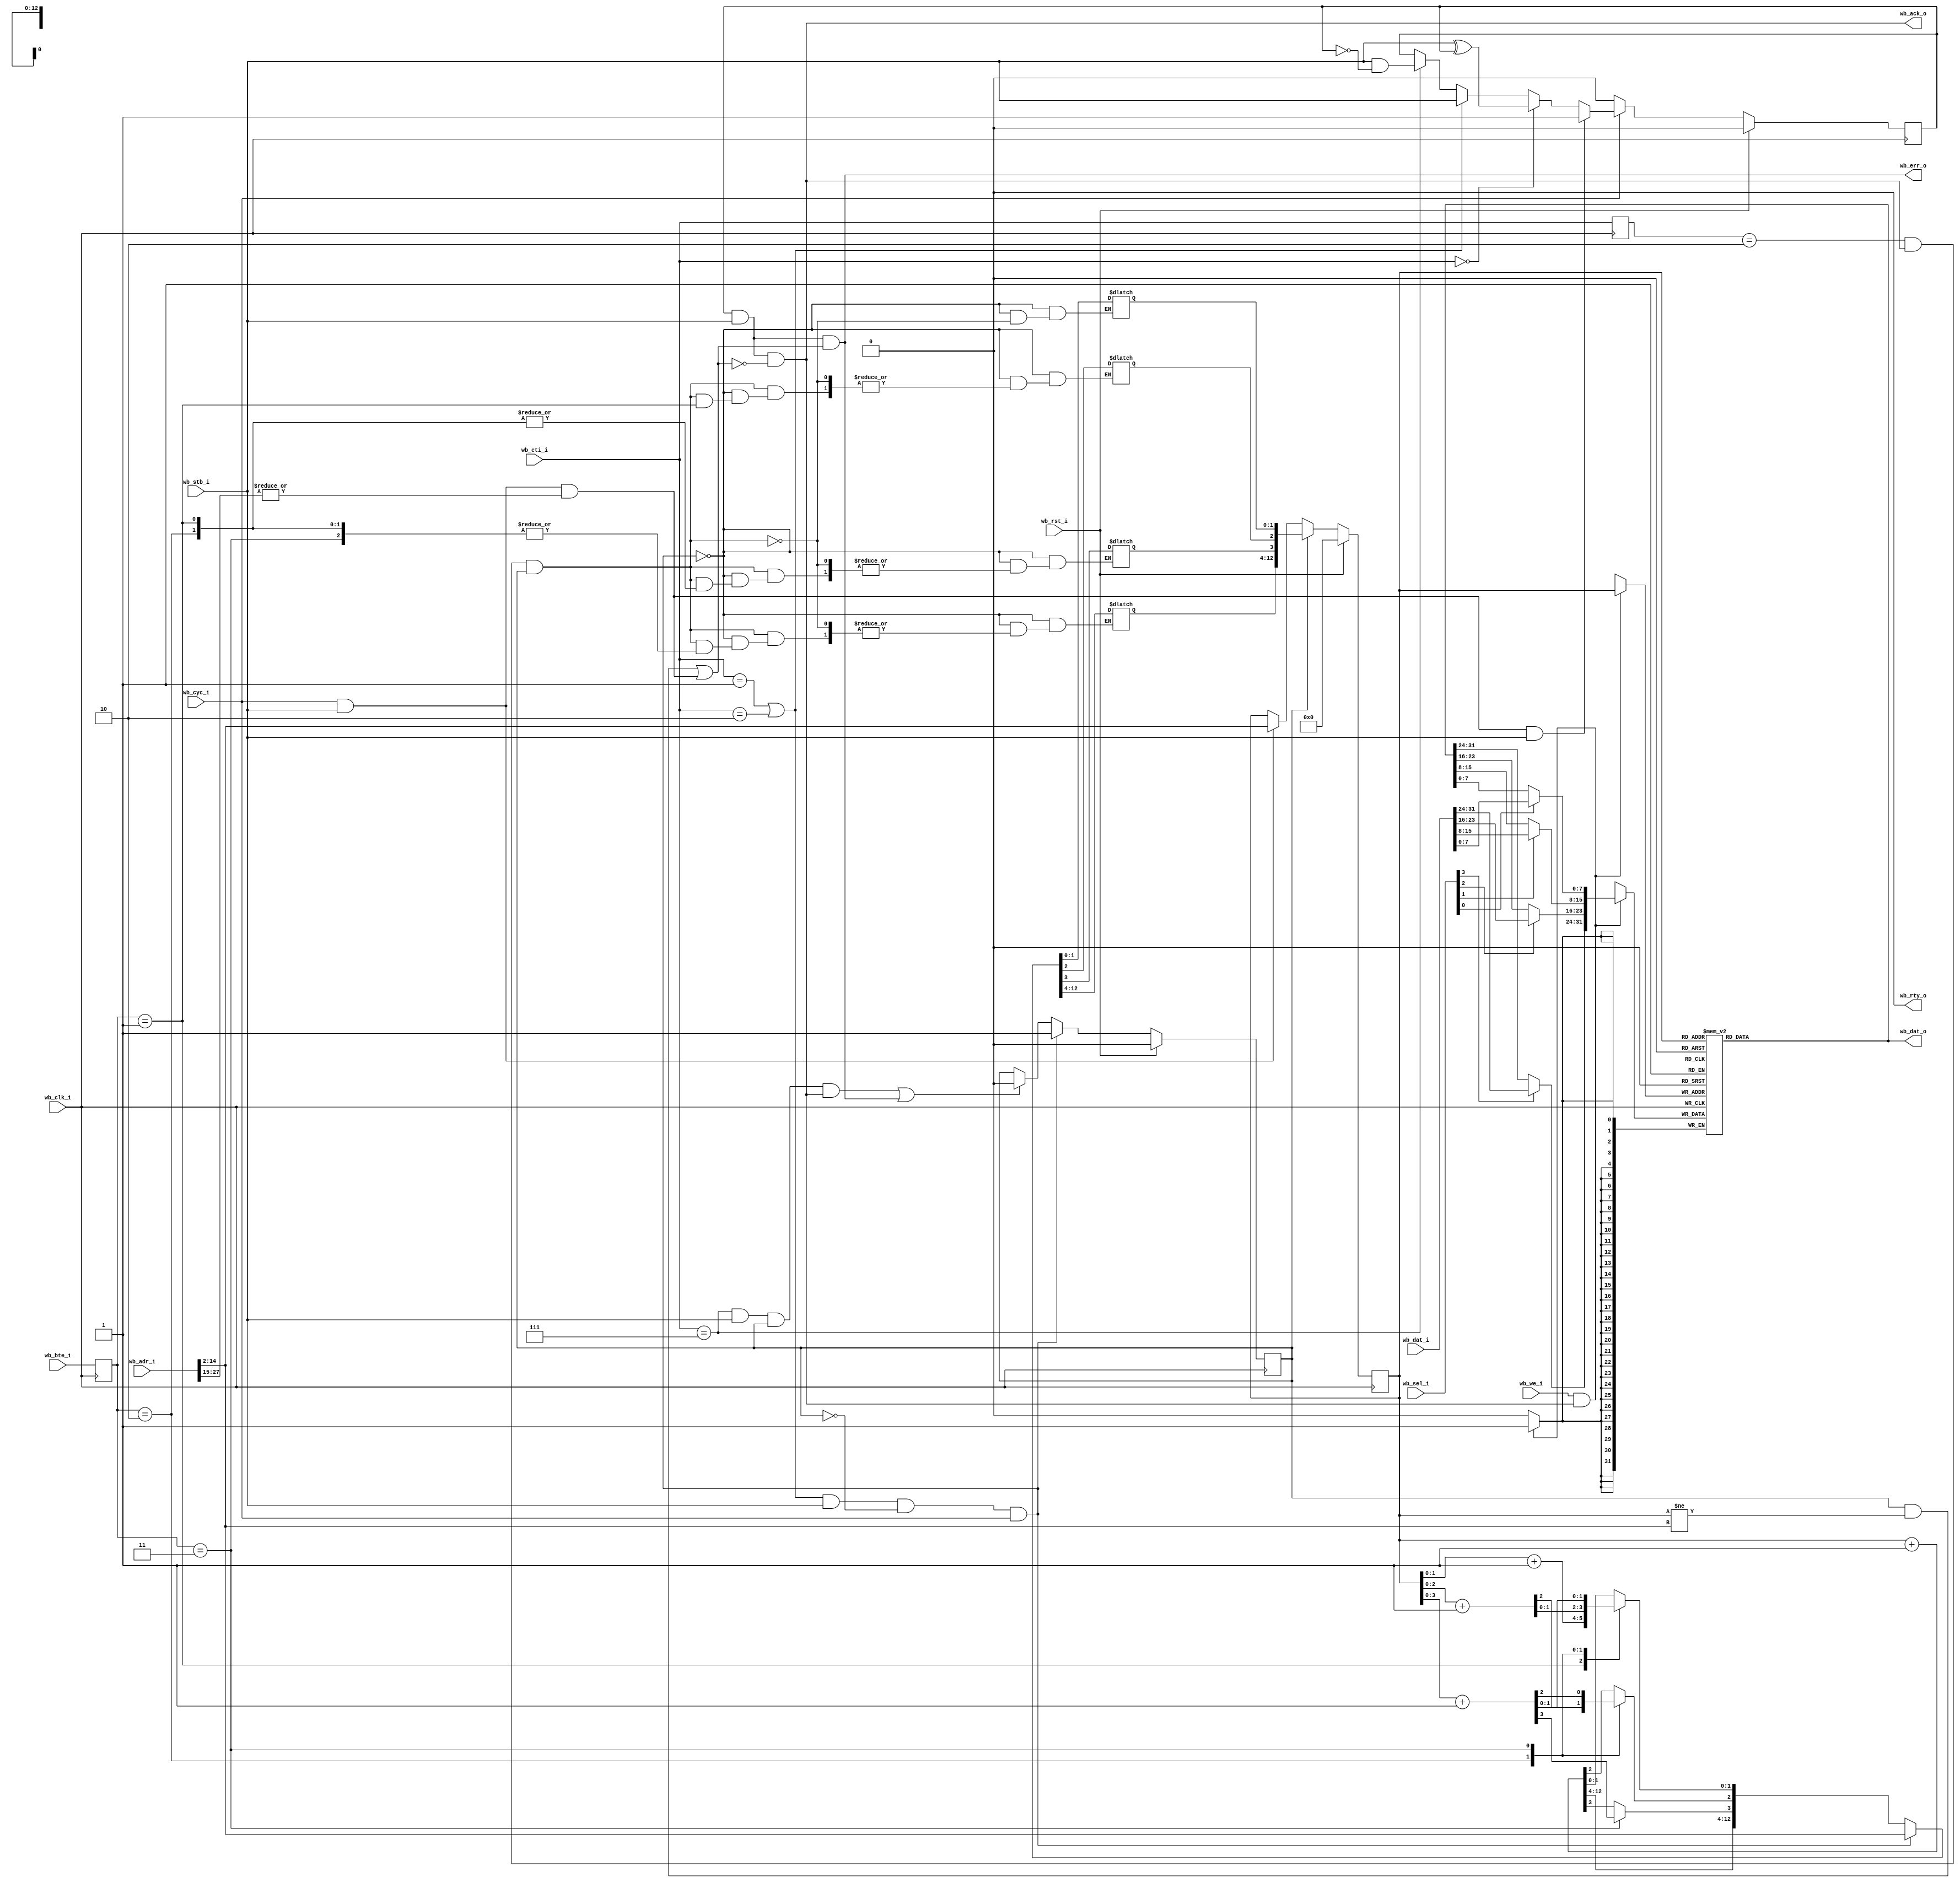
module ram_wb_b3
 #(//Wishbone parameters
   parameter dw = 32,
   parameter aw = 32,
   // Memory parameters
   parameter memory_file = "",
   parameter mem_size_bytes = 32'h0000_5000, // 20KBytes
   parameter mem_adr_width = 15) //(log2(mem_size_bytes));
  (input 	   wb_clk_i,
   input 	   wb_rst_i,
   
   input [aw-1:0]  wb_adr_i,
   input [dw-1:0]  wb_dat_i,
   input [3:0] 	   wb_sel_i,
   input 	   wb_we_i,
   input [1:0] 	   wb_bte_i,
   input [2:0] 	   wb_cti_i,
   input 	   wb_cyc_i,
   input 	   wb_stb_i,
   
   output 	   wb_ack_o,
   output 	   wb_err_o,
   output 	   wb_rty_o,
   output [dw-1:0] wb_dat_o);


   
   localparam bytes_per_dw = (dw/8);
   localparam adr_width_for_num_word_bytes = 2; //(log2(bytes_per_dw))
   localparam mem_words = (mem_size_bytes/bytes_per_dw);   

   // synthesis attribute ram_style of mem is block
   reg [dw-1:0] 	mem [ 0 : mem_words-1 ]   /* verilator public */ /* synthesis ram_style = no_rw_check */;

   // Register to address internal memory array
   reg [(mem_adr_width-adr_width_for_num_word_bytes)-1:0] adr;
   

   // Register to indicate if the cycle is a Wishbone B3-registered feedback 
   // type access
   reg 				   wb_b3_trans;
   
   // Register to use for counting the addresses when doing burst accesses
   reg [mem_adr_width-adr_width_for_num_word_bytes-1:0]  burst_adr_counter;

   // Logic to detect if there's a burst access going on
   wire wb_b3_trans_start = ((wb_cti_i == 3'b001)|(wb_cti_i == 3'b010)) & 
	wb_stb_i & !wb_b3_trans & wb_cyc_i;
   
   wire wb_b3_trans_stop = ((wb_cti_i == 3'b111) & 
			    wb_stb_i & wb_b3_trans & wb_ack_o) | wb_err_o;
   
   always @(posedge wb_clk_i)
     if (wb_rst_i)
       wb_b3_trans <= 0;
     else if (wb_b3_trans_start)
       wb_b3_trans <= 1;
     else if (wb_b3_trans_stop)
       wb_b3_trans <= 0;

   // Register it locally
   reg [1:0] wb_bte_i_r;
   reg [2:0] wb_cti_i_r;

   always @(posedge wb_clk_i) begin
      wb_bte_i_r <= wb_bte_i;
      wb_cti_i_r <= wb_cti_i;
   end

   // Burst address generation logic
   always @(wb_ack_o or wb_b3_trans or wb_b3_trans_start
	    or wb_bte_i_r or wb_cti_i_r or wb_adr_i or adr)
     if (wb_b3_trans_start)
       // Kick off burst_adr_counter, this assumes 4-byte words when getting
       // address off incoming Wishbone bus address! 
       // So if dw is no longer 4 bytes, change this!
       burst_adr_counter = wb_adr_i[mem_adr_width-1:2];
     else if ((wb_cti_i_r == 3'b010) & wb_ack_o & wb_b3_trans) // Incrementing burst
       case(wb_bte_i_r)
	 2'b00 : burst_adr_counter      = adr + 1; // Linear burst
	 2'b01 : burst_adr_counter[1:0] = adr[1:0] + 1; // 4-beat wrap burst
	 2'b10 : burst_adr_counter[2:0] = adr[2:0] + 1; // 8-beat wrap burst
	 2'b11 : burst_adr_counter[3:0] = adr[3:0] + 1; // 16-beat wrap burst
       endcase

   wire using_burst_adr = wb_b3_trans;
   
   wire burst_access_wrong_wb_adr = (using_burst_adr & 
				     (adr != wb_adr_i[mem_adr_width-1:2]));

   // Address registering logic
   always@(posedge wb_clk_i)
     if(wb_rst_i)
       adr <= 0;
     else if (using_burst_adr)
       adr <= burst_adr_counter;
     else if (wb_cyc_i & wb_stb_i)
       adr <= wb_adr_i[mem_adr_width-1:2];

   
   assign wb_rty_o = 0;

   // mux for data to ram, RMW on part sel != 4'hf
   wire [31:0] wr_data;
   assign wr_data[31:24] = wb_sel_i[3] ? wb_dat_i[31:24] : wb_dat_o[31:24];
   assign wr_data[23:16] = wb_sel_i[2] ? wb_dat_i[23:16] : wb_dat_o[23:16];
   assign wr_data[15: 8] = wb_sel_i[1] ? wb_dat_i[15: 8] : wb_dat_o[15: 8];
   assign wr_data[ 7: 0] = wb_sel_i[0] ? wb_dat_i[ 7: 0] : wb_dat_o[ 7: 0];
   
   wire ram_we = wb_we_i & wb_ack_o;

   assign wb_dat_o = mem[adr];
    
   // Write logic
   always @ (posedge wb_clk_i)
     if (ram_we)
	  mem[adr] <= wr_data;


   // Error when out of bounds of memory - skip top nibble of address in case
   // this is mapped somewhere other than 0x0.
   wire addr_err  = wb_cyc_i & wb_stb_i & (|wb_adr_i[aw-1-4:mem_adr_width]);  
   


   // Ack Logic
   reg wb_ack_o_r;

   assign wb_ack_o = wb_ack_o_r & wb_stb_i & 
		     !(burst_access_wrong_wb_adr | addr_err);
   
   //Handle wb_ack
   always @ (posedge wb_clk_i)
     if (wb_rst_i)
       wb_ack_o_r <= 1'b0;
     else if (wb_cyc_i) begin // We have bus
	if (addr_err & wb_stb_i)
	  wb_ack_o_r <= 1;
	else if (wb_cti_i == 3'b000) // Classic cycle acks
	  wb_ack_o_r <= wb_stb_i ^ wb_ack_o_r;
	else if ((wb_cti_i == 3'b001) | (wb_cti_i == 3'b010)) // Increment/constant address bursts
	  wb_ack_o_r <= wb_stb_i;
	else if (wb_cti_i == 3'b111) // End of cycle
	  wb_ack_o_r <= wb_stb_i & !wb_ack_o_r;
     end // if (wb_cyc_i)
     else
       wb_ack_o_r <= 0;

   //
   // Error signal generation
   //
   
   // OR in other errors here...
   assign wb_err_o =  wb_ack_o_r & wb_stb_i & 
		      (burst_access_wrong_wb_adr | addr_err);

   //
   // Access functions
   //
   
   /* Memory initialisation.
    If not Verilator model, always do load, otherwise only load when called
    from SystemC testbench.
    */
// synthesis translate_off

`ifdef verilator
   
   task do_readmemh;
      // verilator public
      $readmemh(memory_file, mem);
   endtask // do_readmemh

`endif // !`ifdef verilator
   
//synthesis translate_on

   // Function to access RAM (for use by Verilator).
   function [31:0] get_mem32;
      // verilator public
      input [aw-1:0] 		addr;
      get_mem32 = mem[addr];
   endfunction // get_mem32   

   // Function to access RAM (for use by Verilator).
   function [7:0] get_mem8;
      // verilator public
      input [aw-1:0] 		addr;
            reg [31:0] 		temp_word;
      begin
	 temp_word = mem[{addr[aw-1:2],2'd0}];
	 // Big endian mapping.
	 get_mem8 = (addr[1:0]==2'b00) ? temp_word[31:24] :
		    (addr[1:0]==2'b01) ? temp_word[23:16] :
		    (addr[1:0]==2'b10) ? temp_word[15:8] : temp_word[7:0];
	 end
   endfunction // get_mem8   

   // Function to write RAM (for use by Verilator).
   function set_mem32;
      // verilator public
      input [aw-1:0] 		addr;
      input [dw-1:0] 		data;
      begin
         mem[addr] = data;
         set_mem32 = data; // For avoiding ModelSim warning
      end
   endfunction // set_mem32   
   
endmodule // ram_wb_b3